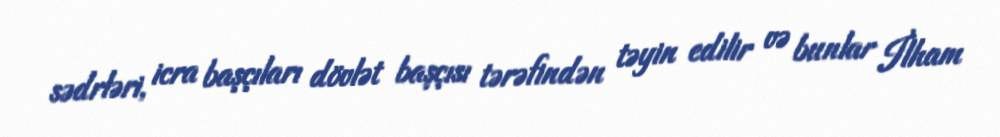
sədrləri, icra başçıları dövlət başçısı tərəfindən təyin edilir və bunlar İlham